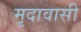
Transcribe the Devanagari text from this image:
मृदावासी